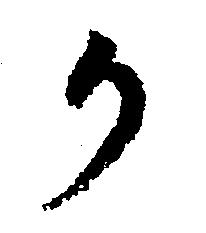
か